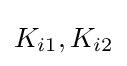
K_{i1},K_{i2}